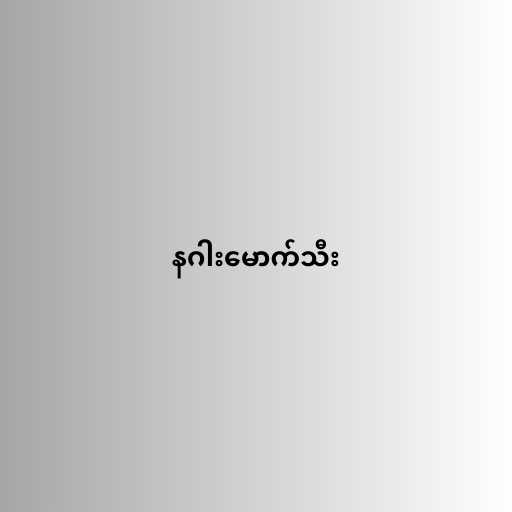
နဂါးမောက်သီး